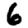
Digit: 6